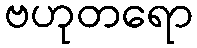
ဗဟုတရော